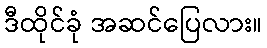
ဒီထိုင်ခုံ အဆင်ပြေလား။